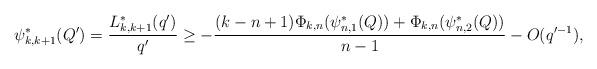
LaTeX: \begin{align*}\psi_{k,k+1}^{\ast}(Q^{\prime})=\frac{L_{k,k+1}^{\ast}(q^{\prime})}{q^{\prime}}\geq -\frac{(k-n+1)\Phi_{k,n}(\psi_{n,1}^{\ast}(Q))+\Phi_{k,n}(\psi_{n,2}^{\ast}(Q))}{n-1}-O(q^{\prime -1}), \end{align*}